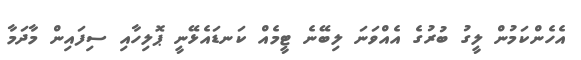
އެހެންކަމުން ލީގު ބުރުގެ އެއްވަނަ ލިބޭނެ ޓީމެއް ކަނޑައެޅޭނީ ޕޮލިހާއި ސިފައިން މާދަމާ